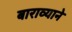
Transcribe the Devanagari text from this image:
बाराव्याने